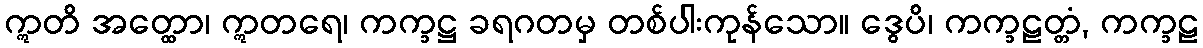
ဣတိ အတ္ထော၊ ဣတရေ၊ ကက္ခဋ္ဌ ခရဂတမှ တစ်ပါးကုန်သော။ ဒွေပိ၊ ကက္ခဠတ္တံ, ကက္ခဠ